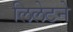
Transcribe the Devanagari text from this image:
लिलेटने